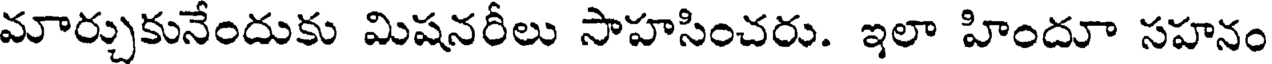
మార్చుకునేందుకు మిషనరీలు సాహసించరు. ఇలా హిందూ సహనం